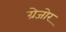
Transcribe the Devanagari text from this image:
ग्रेजोर